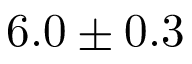
6 . 0 \pm 0 . 3